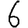
Digit: 6